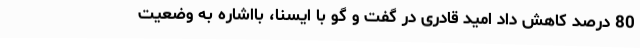
80 درصد کاهش داد امید قادری در گفت و گو با ایسنا، بااشاره به وضعیت